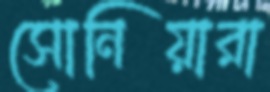
সোনিয়ারা